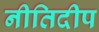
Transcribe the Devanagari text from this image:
नीतिदीप